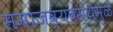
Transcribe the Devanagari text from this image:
समाजव्यवस्थेमुळे